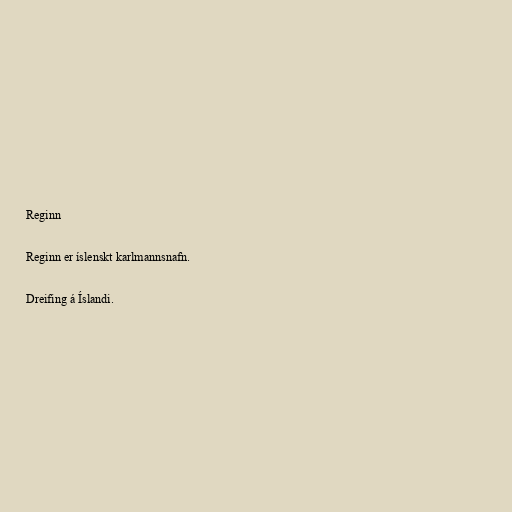
Reginn

Reginn er íslenskt karlmannsnafn.

Dreifing á Íslandi.